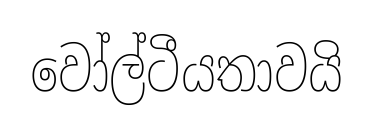
වෝල්ටීයතාවයි